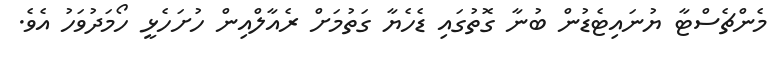
މެންޗެސްޓާ ޔުނައިޓެޑުން ބުނާ ގޮތުގައި ޑެހެޔާ ގަތުމަށް ރެއާލްއިން ހުށަހެޅީ ހޯމަދުވަހު އެވެ.